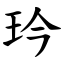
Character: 玪